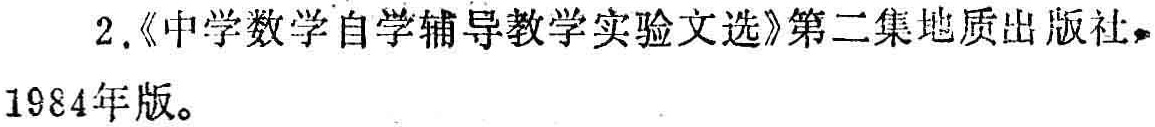
2.《中学数学自学辅导教学实验文选》第二集地质出版社，1984年版。